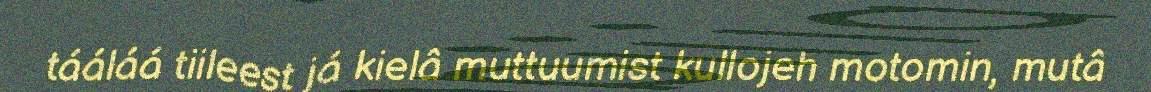
tááláá tiileest já kielâ muttuumist kullojeh motomin, mutâ